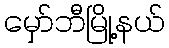
မှော်ဘီမြို့နယ်